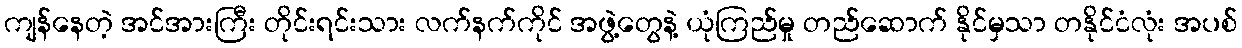
ကျန်နေတဲ့ အင်အားကြီး တိုင်းရင်းသား လက်နက်ကိုင် အဖွဲ့တွေနဲ့ ယုံကြည်မှု တည်ဆောက် နိုင်မှသာ တနိုင်ငံလုံး အပစ်